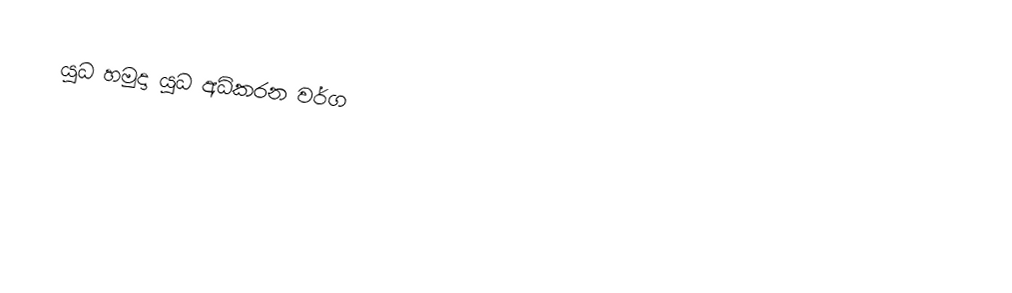
යුධ හමුදා යුධ අධිකරන වර්ග